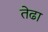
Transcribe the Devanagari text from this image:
तेढा